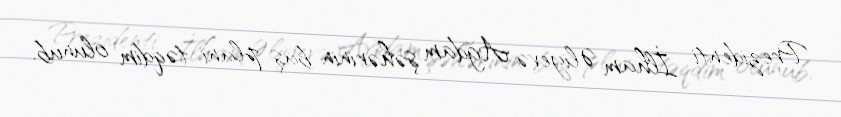
Prezidenti İlham Əliyevə Ağdam şəhərinin baş planı təqdim olunub.